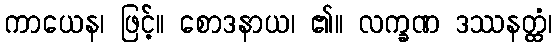
ကာယေန၊ ဖြင့်။ စောဒနာယ၊ ၏။ လက္ခဏ ဒဿနတ္ထံ၊